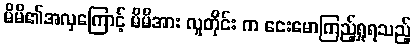
မိမိ၏အလှကြောင့် မိမိအား လူတိုင်း က ငေးမောကြည့်ရှုရသည့်